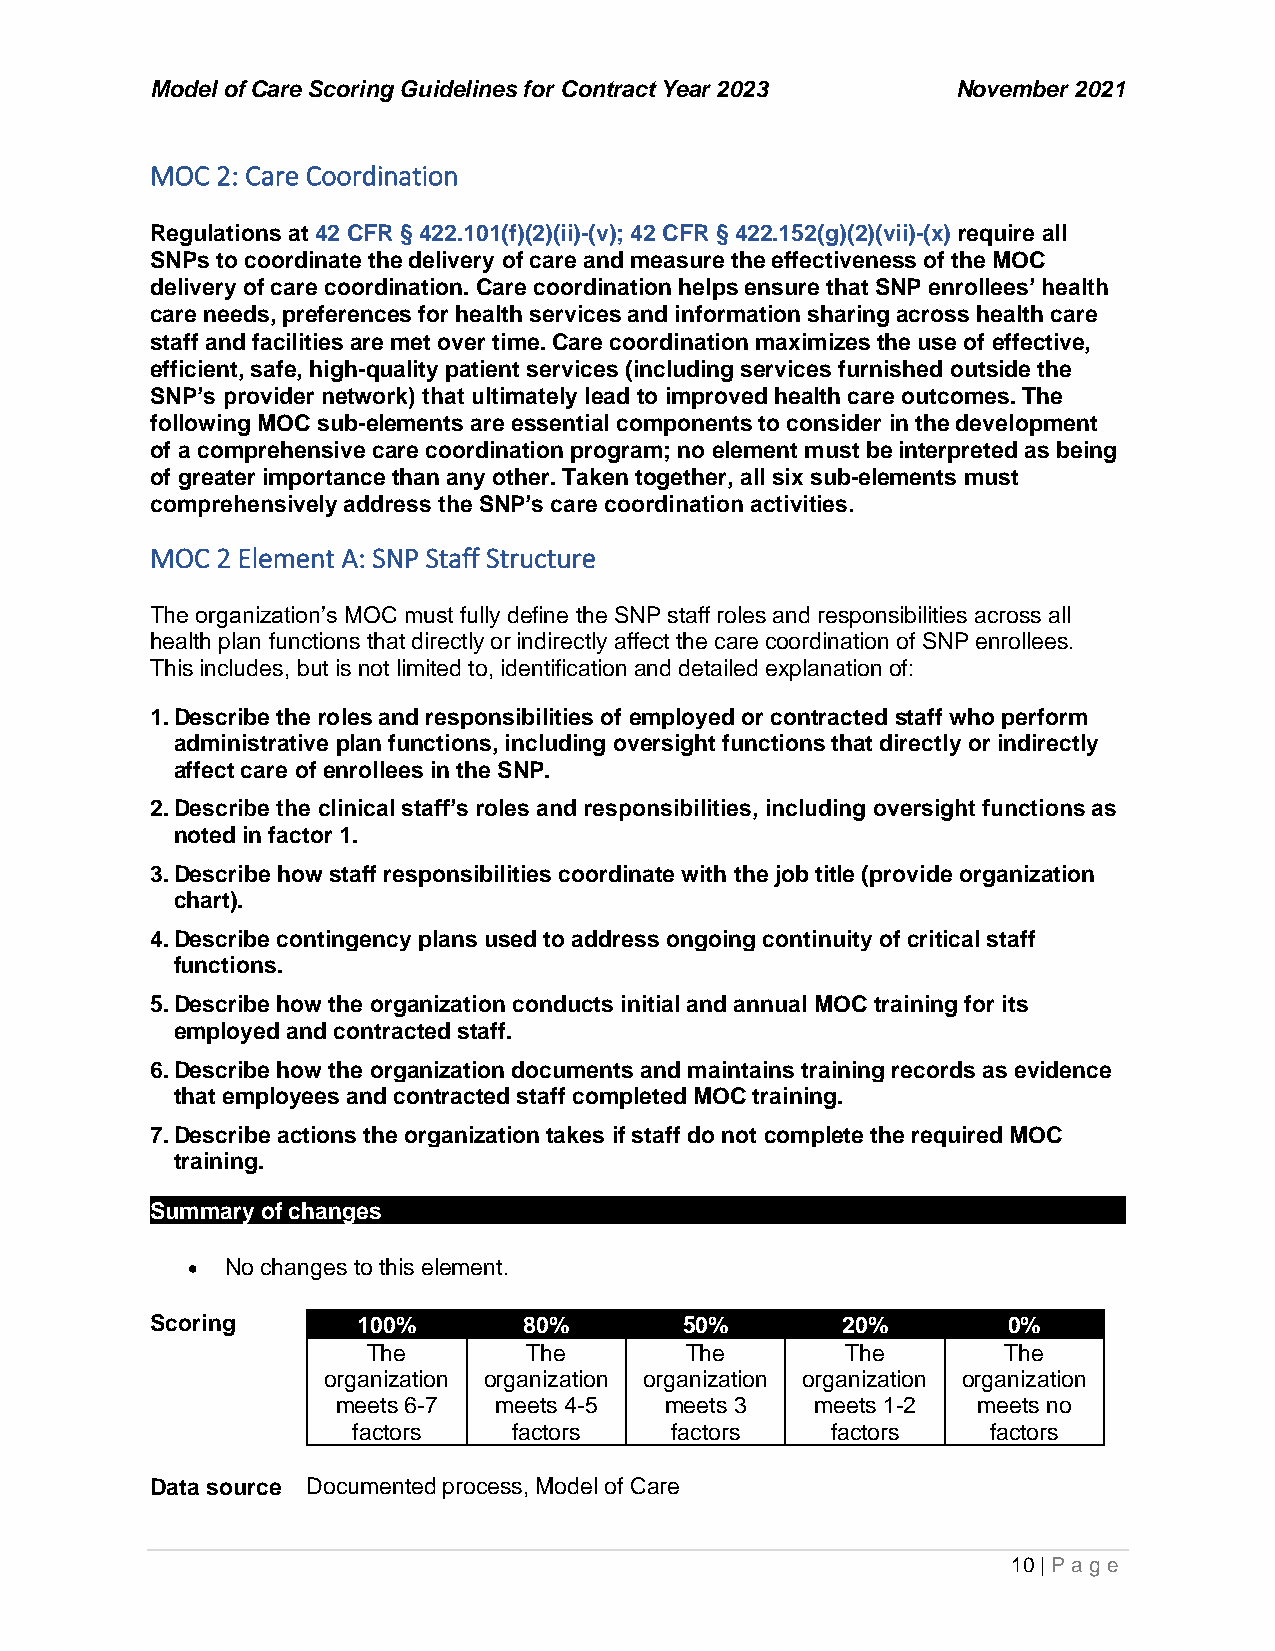
Model of Care Scoring Guidelines for Contract Year 2023 November 2021
 MOC 2: Care Coordination
 Regulations at 42 CFR § 422.101(f)(2)(ii)-(v); 42 CFR § 422.152(g)(2)(vii)-(x) require all
 SNPs to coordinate the delivery of care and measure the effectiveness of the MOC
 delivery of care coordination. Care coordination helps ensure that SNP enrollees’ health
 care needs, preferences for health services and information sharing across health care
 staff and facilities are met over time. Care coordination maximizes the use of effective,
 efficient, safe, high-quality patient services (including services furnished outside the
 SNP’s provider network) that ultimately lead to improved health care outcomes. The
 following MOC sub-elements are essential components to consider in the development
 of a comprehensive care coordination program; no element must be interpreted as being
 of greater importance than any other. Taken together, all six sub-elements must
 comprehensively address the SNP’s care coordination activities.
 MOC 2 Element A: SNP Staff Structure
 The organization’s MOC must fully define the SNP staff roles and responsibilities across all
 health plan functions that directly or indirectly affect the care coordination of SNP enrollees.
 This includes, but is not limited to, identification and detailed explanation of:
 1. Describe the roles and responsibilities of employed or contracted staff who perform
 administrative plan functions, including oversight functions that directly or indirectly
 affect care of enrollees in the SNP.
 2. Describe the clinical staff’s roles and responsibilities, including oversight functions as
 noted in factor 1.
 3. Describe how staff responsibilities coordinate with the job title (provide organization
 chart).
 4. Describe contingency plans used to address ongoing continuity of critical staff
 functions.
 5. Describe how the organization conducts initial and annual MOC training for its
 employed and contracted staff.
 6. Describe how the organization documents and maintains training records as evidence
 that employees and contracted staff completed MOC training.
 7. Describe actions the organization takes if staff do not complete the required MOC
 training.
 Summary of changes
 •  No changes to this element.
 Scoring       100%       80%       50%        20%        0%
 The        The       The        The        The
 organization organization organization organization organization
 meets 6-7  meets 4-5  meets 3   meets 1-2  meets no
 factors    factors   factors    factors    factors
 Data source Documented process, Model of Care
 10 | P age